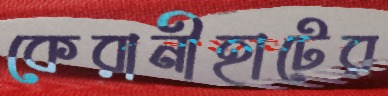
কেরানীহাটের